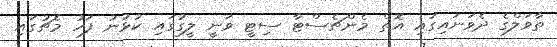
ތާވަލްގެ ދެވަނައިގައި އޮތް މެންޗެސްޓާ ސިޓީ ވަނީ ލީގުގައި ކުޅުނު ފަހު މެޗުގައި